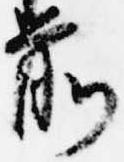
前